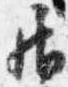
居